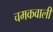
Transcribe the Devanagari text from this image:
चमकवाली